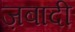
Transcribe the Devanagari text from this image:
ज़बादी